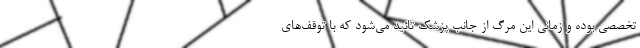
تخصصی بوده و زمانی این مرگ از جانب پزشک تائید می‌شود که با توقف‌های